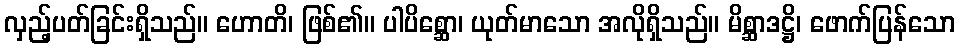
လှည့်ပတ်ခြင်းရှိသည်။ ဟောတိ၊ ဖြစ်၏။ ပါပိစ္ဆော၊ ယုတ်မာသော အလိုရှိသည်။ မိစ္ဆာဒဋ္ဌိ၊ ဖောက်ပြန်သော